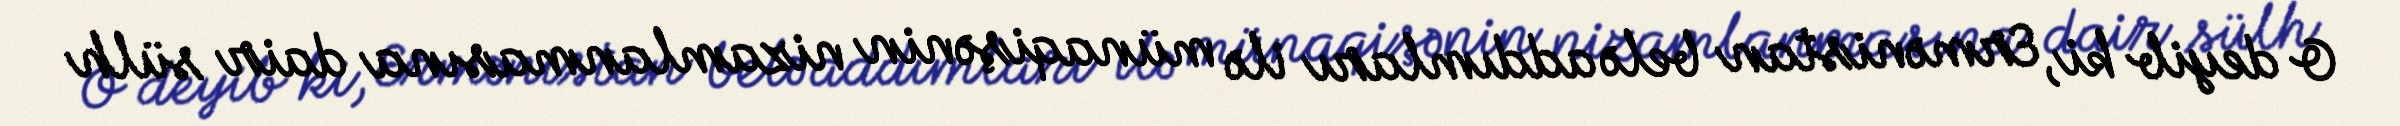
O deyib ki, Ermənistan belə addımları ilə münaqişənin nizamlanmasına dair sülh